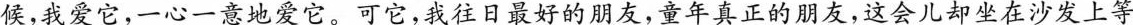
候，我爱它，一心一意地爱它。可它，我往日最好的朋友，童年真正的朋友，这会儿却坐在沙发上等